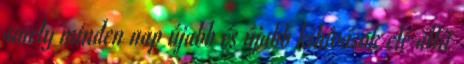
amely minden nap újabb és újabb kihívások elé állít